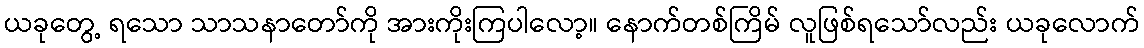
ယခုတွေ့ ရသော သာသနာတော်ကို အားကိုးကြပါလော့။ နောက်တစ်ကြိမ် လူဖြစ်ရသော်လည်း ယခုလောက်